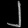
Digit: ၂